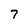
Character: 7